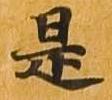
是